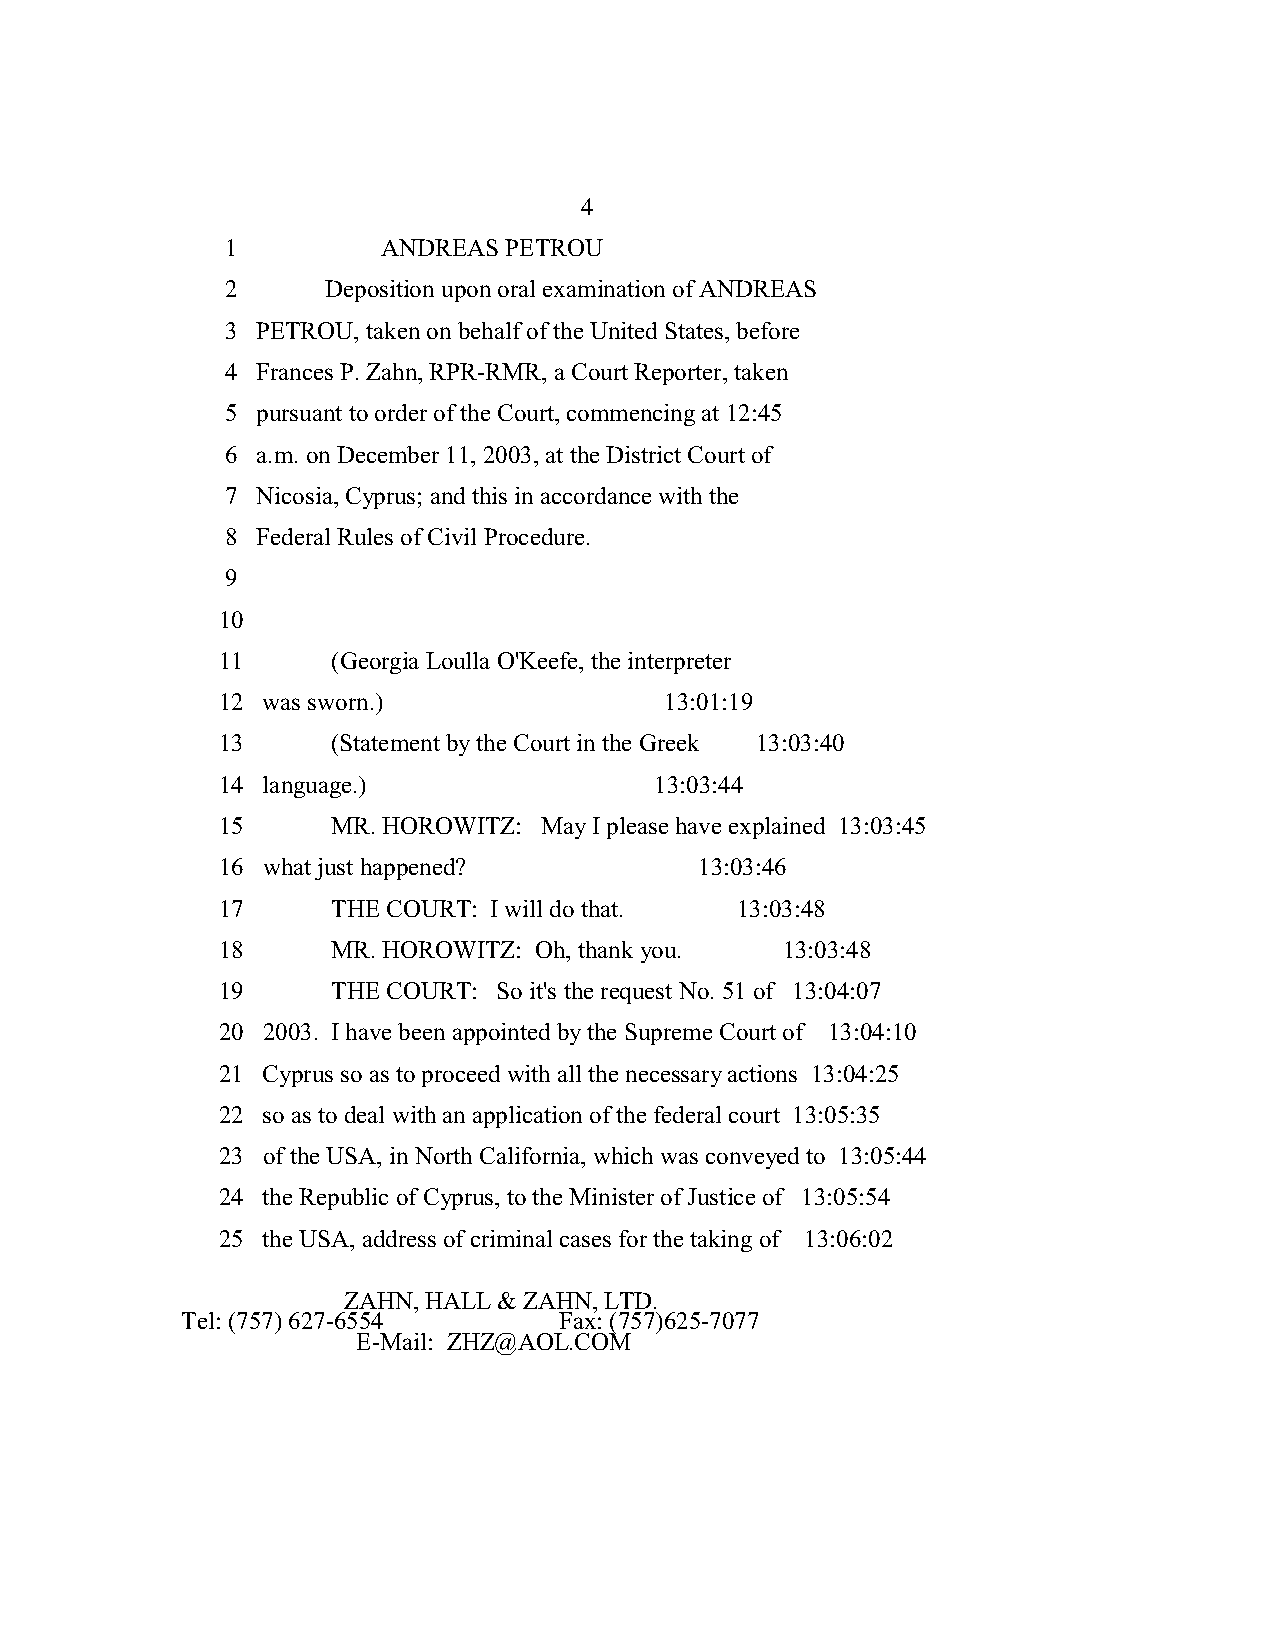
4
 1         ANDREAS PETROU
 2      Deposition upon oral examination of ANDREAS
 3 PETROU, taken on behalf of the United States, before
 4 Frances P. Zahn, RPR-RMR, a Court Reporter, taken
 5 pursuant to order of the Court, commencing at 12:45
 6 a.m. on December 11, 2003, at the District Court of
 7 Nicosia, Cyprus; and this in accordance with the
 8 Federal Rules of Civil Procedure.
 9
 10
 11      (Georgia Loulla O'Keefe, the interpreter
 12 was sworn.)                13:01:19
 13      (Statement by the Court in the Greek 13:03:40
 14 language.)                13:03:44
 15      MR. HOROWITZ: May I please have explained 13:03:45
 16 what just happened?          13:03:46
 17      THE COURT: I will do that. 13:03:48
 18      MR. HOROWITZ: Oh, thank you.  13:03:48
 19      THE COURT: So it's the request No. 51 of 13:04:07
 20 2003. I have been appointed by the Supreme Court of 13:04:10
 21 Cyprus so as to proceed with all the necessary actions 13:04:25
 22 so as to deal with an application of the federal court 13:05:35
 23 of the USA, in North California, which was conveyed to 13:05:44
 24 the Republic of Cyprus, to the Minister of Justice of 13:05:54
 25 the USA, address of criminal cases for the taking of 13:06:02
 ZAHN, HALL & ZAHN, LTD.
 Tel: (757) 627-6554      Fax: (757)625-7077
 E-Mail: ZHZ@AOL.COM